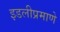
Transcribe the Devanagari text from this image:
इडलीप्रमाणे